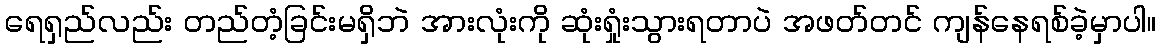
ရေရှည်လည်း တည်တံ့ခြင်းမရှိဘဲ အားလုံးကို ဆုံးရှုံးသွားရတာပဲ အဖတ်တင် ကျန်နေရစ်ခဲ့မှာပါ။